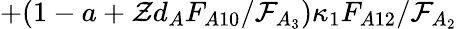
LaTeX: +(1-a+\mathcal{Z}d_{A}F_{A10}/\mathcal{F}_{A_{3}})\kappa_{1}F_{A12}/\mathcal{F}_{A_{2}}